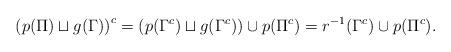
LaTeX: \begin{align*} \left( p(\Pi)\sqcup g(\Gamma) \right)^{c}= \left( p(\Gamma^{c})\sqcup g(\Gamma^{c}) \right)\cup p(\Pi^{c})=r^{-1}(\Gamma^{c})\cup p(\Pi^{c}).\end{align*}